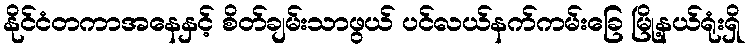
နိုင်ငံတကာအနေနှင့် စိတ်ချမ်းသာဖွယ် ပင်လယ်နက်ကမ်းခြေ မြို့နယ်ရုံးရှိ